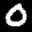
Label: 0